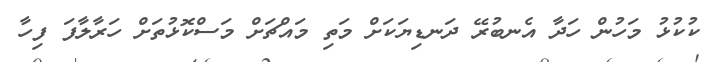
ކުކުޅު މަހުން ހަދާ އެނބުރޭ ދަނޑިޔަކަށް މަތި މައްޗަށް މަސްކޮޅުތަށް ހަރާލާފަ ފިހާ